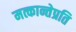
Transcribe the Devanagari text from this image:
मत्कान्तेप्रति